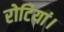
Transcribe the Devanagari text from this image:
रोटियां।